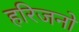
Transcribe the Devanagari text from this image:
हरिजनो